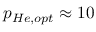
p _ { H e , o p t } \approx 1 0